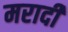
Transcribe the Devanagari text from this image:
मरादी